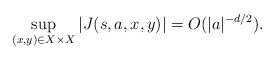
\begin{align*}\sup_{(x,y) \in X \times X}|J(s,a,x,y)|=O(|a|^{-d/2}).\end{align*}